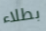
بطلاء